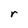
Character: r